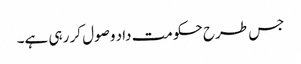
جس طرح حکومت داد وصول کر رہی ہے۔